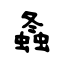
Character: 螽